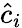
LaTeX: \hat{c}_{i}